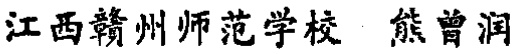
江西赣州师范学校 熊曾润